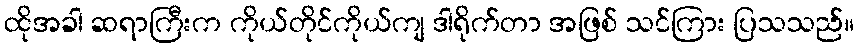
ထိုအခါ ဆရာကြီးက ကိုယ်တိုင်ကိုယ်ကျ ဒါရိုက်တာ အဖြစ် သင်ကြား ပြသသည်။